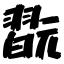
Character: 翫